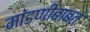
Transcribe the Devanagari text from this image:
मांडणीबाबत